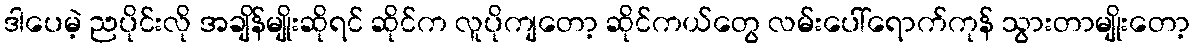
ဒါပေမဲ့ ညပိုင်းလို အချိန်မျိုးဆိုရင် ဆိုင်က လူပိုကျတော့ ဆိုင်ကယ်တွေ လမ်းပေါ်ရောက်ကုန် သွားတာမျိုးတော့